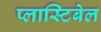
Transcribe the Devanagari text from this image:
प्लास्टिबेल